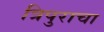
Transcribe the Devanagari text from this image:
त्रिपुराचा